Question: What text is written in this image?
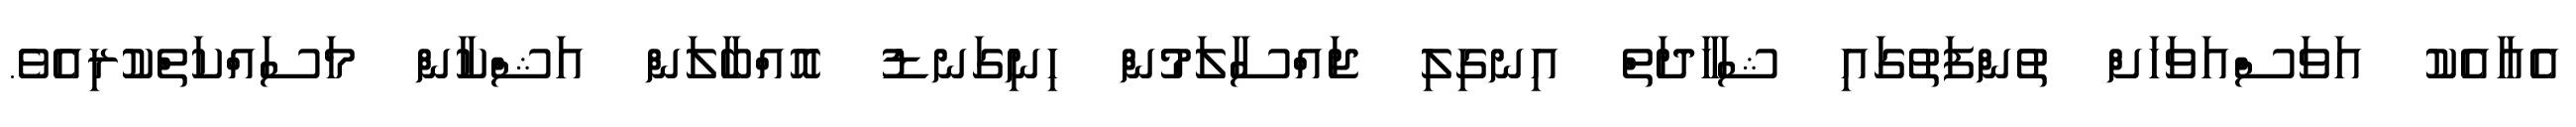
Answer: އެއާއެކު އަވަސްއަވަހަށް ތުންފަތުގައި ޝަހާދަތް އިނގިލި ޖައްސާލަމުން ހިނިގަނޑު އޮއްބާލަން އަޝްކާން މަސައްކަތްކުރިއެވެ.